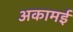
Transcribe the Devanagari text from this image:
अकामई